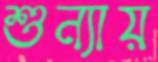
শুন্যায়